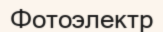
Фотоэлектр